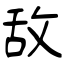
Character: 敌